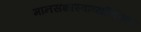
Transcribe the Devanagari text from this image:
मानसशास्त्राव्यतिरिक्त